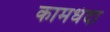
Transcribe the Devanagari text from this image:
कामधंदा